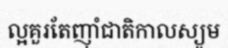
ល្អគួរតែញ៉ាំជាតិកាលស្យូម